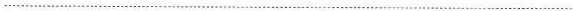
…………